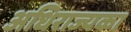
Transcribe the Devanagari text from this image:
अधिराज्यका